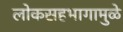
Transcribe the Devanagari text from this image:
लोकसहभागामुळे